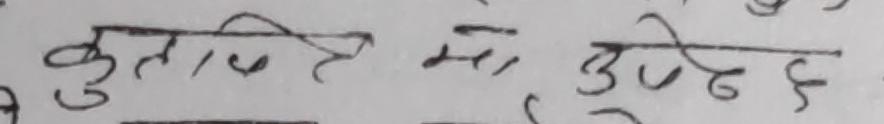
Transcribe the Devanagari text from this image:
कुल्चिएत मा दुखद छ